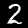
Label: 2